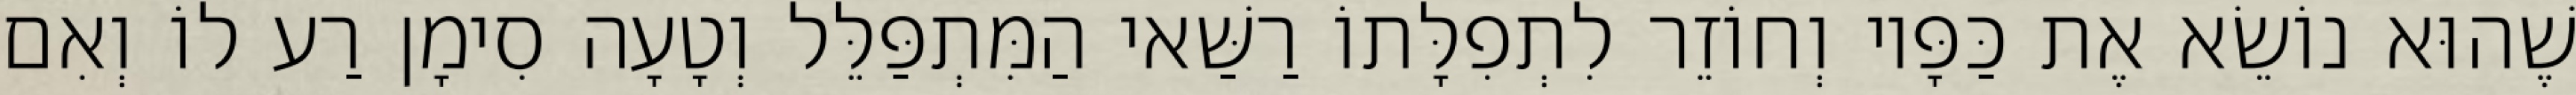
שֶׁהוּא נוֹשֵׂא אֶת כַּפָּיו וְחוֹזֵר לִתְפִלָּתוֹ רַשַּׁאי הַמִּתְפַּלֵּל וְטָעָה סִימָן רַע לוֹ וְאִם